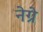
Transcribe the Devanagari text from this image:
नेग्रे